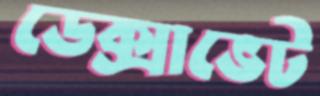
ডেক্সাভেট